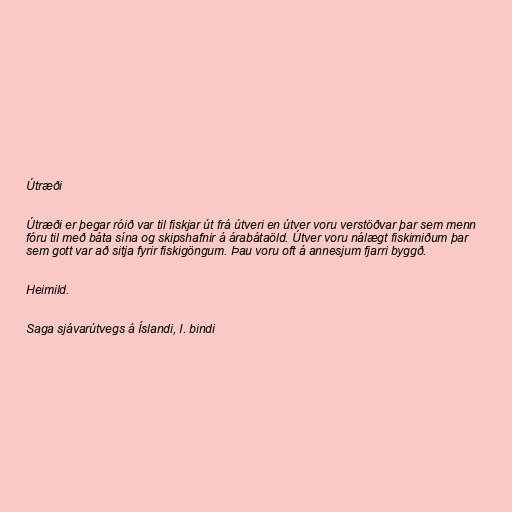
Útræði

Útræði er þegar róið var til fiskjar út frá útveri en útver voru verstöðvar þar sem menn
fóru til með báta sína og skipshafnir á árabátaöld. Útver voru nálægt fiskimiðum þar
sem gott var að sitja fyrir fiskigöngum. Þau voru oft á annesjum fjarri byggð.

Heimild.

Saga sjávarútvegs á Íslandi, I. bindi